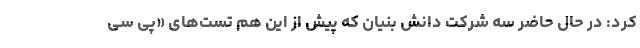
کرد: در حال حاضر سه شرکت دانش بنیان که پیش از این هم تست‌های «پی سی